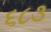
૬૮૩